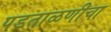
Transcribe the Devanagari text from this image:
पडताळणीचा